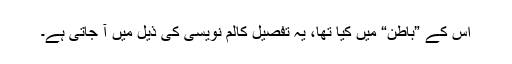
اس کے ”باطن“ میں کیا تھا، یہ تفصیل کالم نویسی کی ذیل میں آ جاتی ہے۔